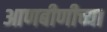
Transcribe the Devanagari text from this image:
आणबीणीच्या